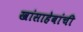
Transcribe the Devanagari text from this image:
खांसाहेबांची